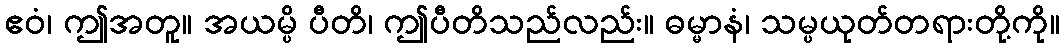
ဧဝံ၊ ဤအတူ။ အယမ္ပိ ပီတိ၊ ဤပီတိသည်လည်း။ ဓမ္မာနံ၊ သမ္ပယုတ်တရားတို့ကို။